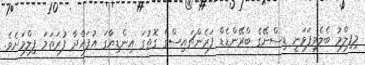
މިފިލްމު ބެލެވިފަވަނީ ޑިސްނޭގެ ބްރޭންޑެޑް ފަރެންޗައިސްގެ ގޮތުގަ އިންޑިޔާގަ އުފައްދާ ފުރަތަމަ ފިލްމަށެވެ.